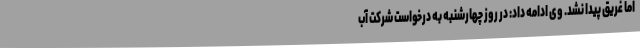
اما غریق پیدا نشد. وی ادامه داد: در روز چهارشنبه به درخواست شرکت آب